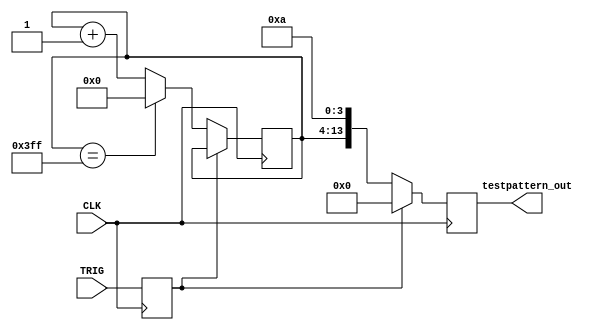
module data_generator(
    input CLK,
    input TRIG,
    output [13:0] testpattern_out
);

wire CLK;
wire TRIG;
wire [13:0] testpattern_out;

reg [9:0] count = 10'd0;
reg trig_r;
reg [13:0] testpattern_o_r = 14'b0;
reg [3:0] final4bits = 4'b1010; 

always @(posedge CLK) begin
    trig_r <= TRIG;
    if (trig_r == 1'b0) begin
        if (count == 10'b1111111111) begin
            count <= 10'd0;
        end
        else begin
            count <= count + 10'd1;
        end
        testpattern_o_r <= {count , final4bits};
    end
    else begin
        testpattern_o_r <= 14'b0;
    end
end

assign testpattern_out = testpattern_o_r;

endmodule